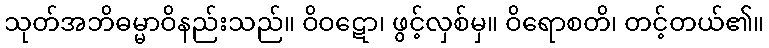
သုတ်အဘိဓမ္မာဝိနည်းသည်။ ဝိဝဋော၊ ဖွင့်လှစ်မှ။ ဝိရောစတိ၊ တင့်တယ်၏။